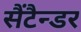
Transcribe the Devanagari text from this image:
सैंटैन्डर